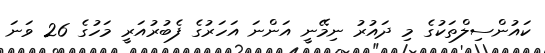
ކައުންސިލްތަކުގެ މި ދައުރު ނިމޭނީ އަންނަ އަހަރުގެ ފެބުރުއަރީ މަހުގެ 26 ވަނަ